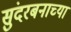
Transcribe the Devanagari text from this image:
सुंदरबनाच्या